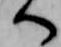
へ